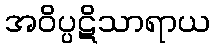
အဝိပ္ပဋိသာရာယ